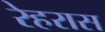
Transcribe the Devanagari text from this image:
रेहरास